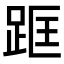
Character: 𨀕